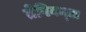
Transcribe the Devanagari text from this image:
तेपिवन्द्या